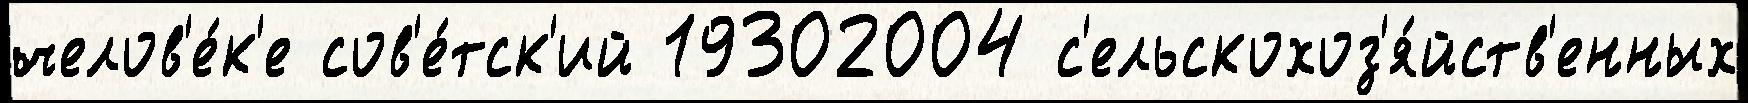
челов'е́к'е сов'е́тск'ий 19302004 с'ельскохоз'я́йств'енных